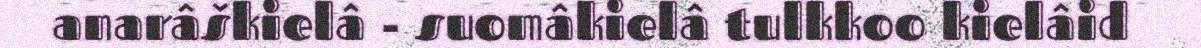
anarâškielâ - suomâkielâ tulkkoo kielâid